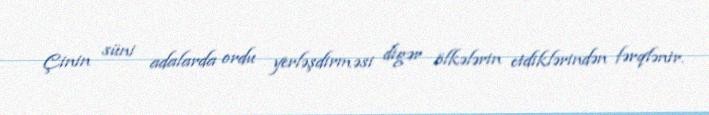
Çinin süni adalarda ordu yerləşdirməsi digər ölkələrin etdiklərindən fərqlənir.